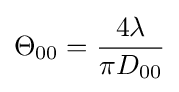
\Theta _{00}={4\lambda  \over \pi D_{00}}